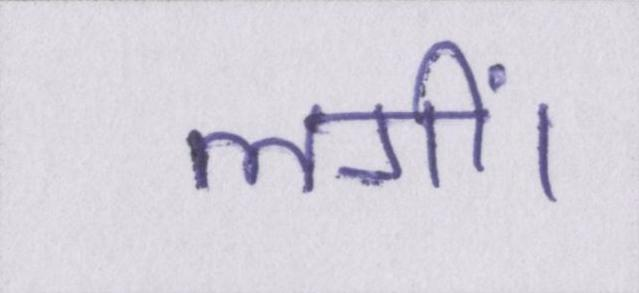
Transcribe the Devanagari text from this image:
लगीं।